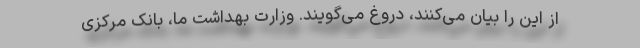
از این را بیان می‌کنند، دروغ می‌گویند. وزارت بهداشت ما، بانک مرکزی